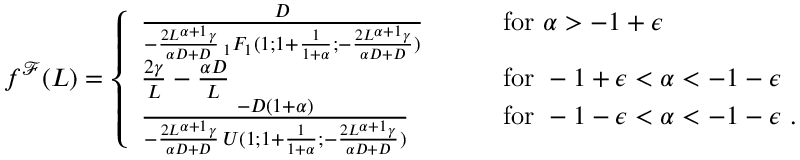
\begin{array} { r } { f ^ { \mathcal { F } } ( L ) = \left\{ \begin{array} { l l } { \frac { D } { - \frac { 2 L ^ { \alpha + 1 } \gamma } { \alpha D + D } \, _ { 1 } F _ { 1 } ( 1 ; 1 + \frac { 1 } { 1 + \alpha } ; - \frac { 2 L ^ { \alpha + 1 } \gamma } { \alpha D + D } ) } \qquad } & { \mathrm { f o r } \ \alpha > - 1 + \epsilon } \\ { \frac { 2 \gamma } { L } - \frac { \alpha D } { L } \qquad } & { \mathrm { f o r } \ - 1 + \epsilon < \alpha < - 1 - \epsilon } \\ { \frac { - D ( 1 + \alpha ) } { - \frac { 2 L ^ { \alpha + 1 } \gamma } { \alpha D + D } \, U ( 1 ; 1 + \frac { 1 } { 1 + \alpha } ; - \frac { 2 L ^ { \alpha + 1 } \gamma } { \alpha D + D } ) } \qquad } & { \mathrm { f o r } \ - 1 - \epsilon < \alpha < - 1 - \epsilon \ . } \end{array} \right. } \end{array}